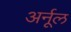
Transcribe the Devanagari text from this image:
अर्नूल